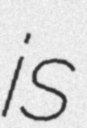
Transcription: is